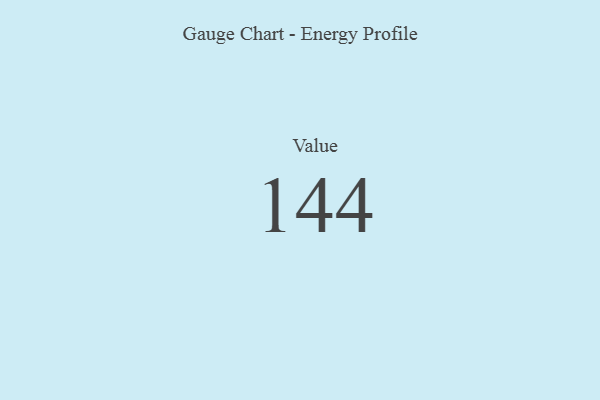
{"axis": {"x": "Metric", "y": "Value"}, "legend": [""], "data": [{"x": "Value", "y": 144, "type": ""}]}